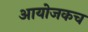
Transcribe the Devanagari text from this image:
आयोजकच